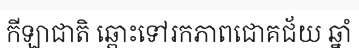
កីឡាជាតិ ឆ្ពោះទៅរកភាពជោគជ័យ ឆ្នាំ